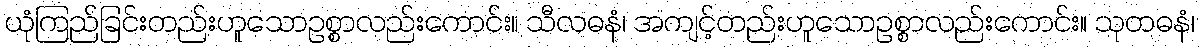
ယုံကြည်ခြင်းတည်းဟူသောဥစ္စာလည်းကောင်း။ သီလဓနံ၊ အကျင့်တည်းဟူသောဥစ္စာလည်းကောင်း။ သုတဓနံ၊